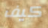
كيف